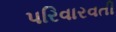
પરિવારવતી